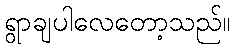
ရွာချပါလေတော့သည်။